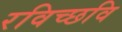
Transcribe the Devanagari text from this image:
रविच्छवि